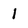
Character: 1